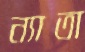
ন্যাতা